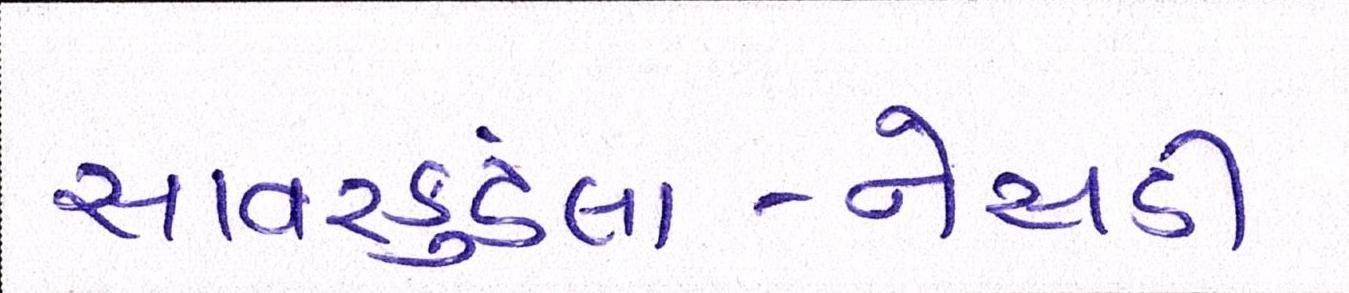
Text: સાવરકુંડલા-નેસડી